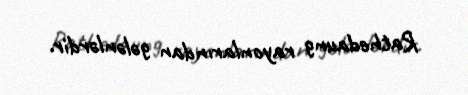
Rathedaung rayonlarından gələnlərdir.